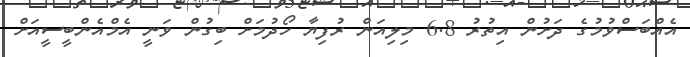
އެއްބަސްވުމުގެ ދަށުން އިތުރު 6.8 މިލިއަން ރުފިޔާ ހޯދުމަށް ބިގުން ވަނީ އެމްއެންބީސީއަށް